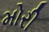
મોરી